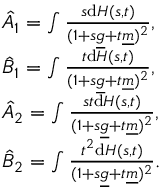
\begin{array} { r l } & { \hat { A } _ { 1 } = \int \frac { s \mathrm { d } H ( s , t ) } { ( 1 + s { \underline { g } } + t { \underline { m } } ) ^ { 2 } } , } \\ & { \hat { B } _ { 1 } = \int \frac { t \mathrm { d } H ( s , t ) } { ( 1 + s { \underline { g } } + t { \underline { m } } ) ^ { 2 } } , } \\ & { \hat { A } _ { 2 } = \int \frac { s t \mathrm { d } H ( s , t ) } { ( 1 + s { \underline { g } } + t { \underline { m } } ) ^ { 2 } } , } \\ & { \hat { B } _ { 2 } = \int \frac { t ^ { 2 } \mathrm { d } H ( s , t ) } { ( 1 + s { \underline { g } } + t { \underline { m } } ) ^ { 2 } } . } \end{array}